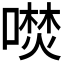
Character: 𭊦